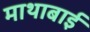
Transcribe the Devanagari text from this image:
माथाबाई